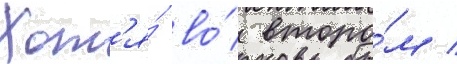
Хот'я́ во́ второ́м /